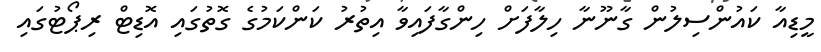
މީޑިއާ ކައުންސިލުން ގާނޫނާ ހިލާފަށް ހިންގާފައިވާ އިތުރު ކަންކަމުގެ ގޮތުގައި އޮޑިޓް ރިޕޯޓުގައި